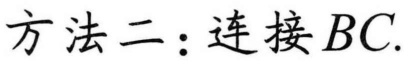
方法二：连接 \(BC\).